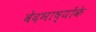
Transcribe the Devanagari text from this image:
वेदभाष्योंके